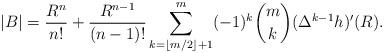
LaTeX: \begin{align*}\left| B\right| = \frac{R^{n}}{n!} +\frac{R^{n-1}}{(n-1)!}\sum_{k=\lfloor m/2 \rfloor+1}^{m}(-1)^{k}\binom{m}{k} (\Delta^{k-1}h)'(R). \end{align*}